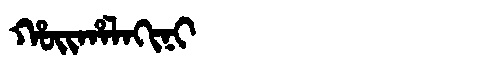
Manchu: ᡥᠣᡳᡥᠠᠯᠠᡴᡳᠨᡳ
Romanization: HOIHALAKINI